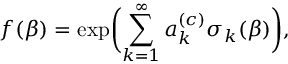
f ( \beta ) = \exp \biggl ( \sum _ { k = 1 } ^ { \infty } a _ { k } ^ { ( c ) } \sigma _ { k } ( \beta ) \biggr ) ,